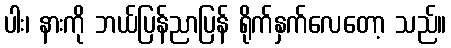
ပါး၊ နားကို ဘယ်ပြန်ညာပြန် ရိုက်နှက်လေတော့ သည်။